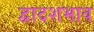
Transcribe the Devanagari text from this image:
द्वादशभाव